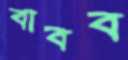
বাবব